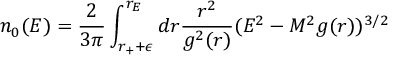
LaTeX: n _ { 0 } ( E ) = { \frac { 2 } { 3 \pi } } \int _ { r _ { + } + \epsilon } ^ { r _ { E } } d r { \frac { r ^ { 2 } } { g ^ { 2 } ( r ) } } ( E ^ { 2 } - M ^ { 2 } g ( r ) ) ^ { 3 / 2 }